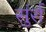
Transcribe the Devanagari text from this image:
सुंर्रा